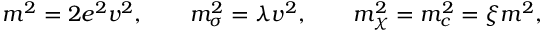
m ^ { 2 } = 2 e ^ { 2 } v ^ { 2 } , \qquad m _ { \sigma } ^ { 2 } = \lambda v ^ { 2 } , \qquad m _ { \chi } ^ { 2 } = m _ { c } ^ { 2 } = \xi m ^ { 2 } ,